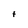
Character: t